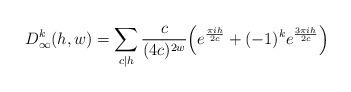
LaTeX: \begin{align*} D_\infty^k(h,w) = \sum_{c \mid h} \frac{c}{(4c)^{2w}}\Big( e^{\frac{\pi i h}{2c}} + (-1)^k e^{\frac{3\pi i h}{2c}}\Big)\end{align*}